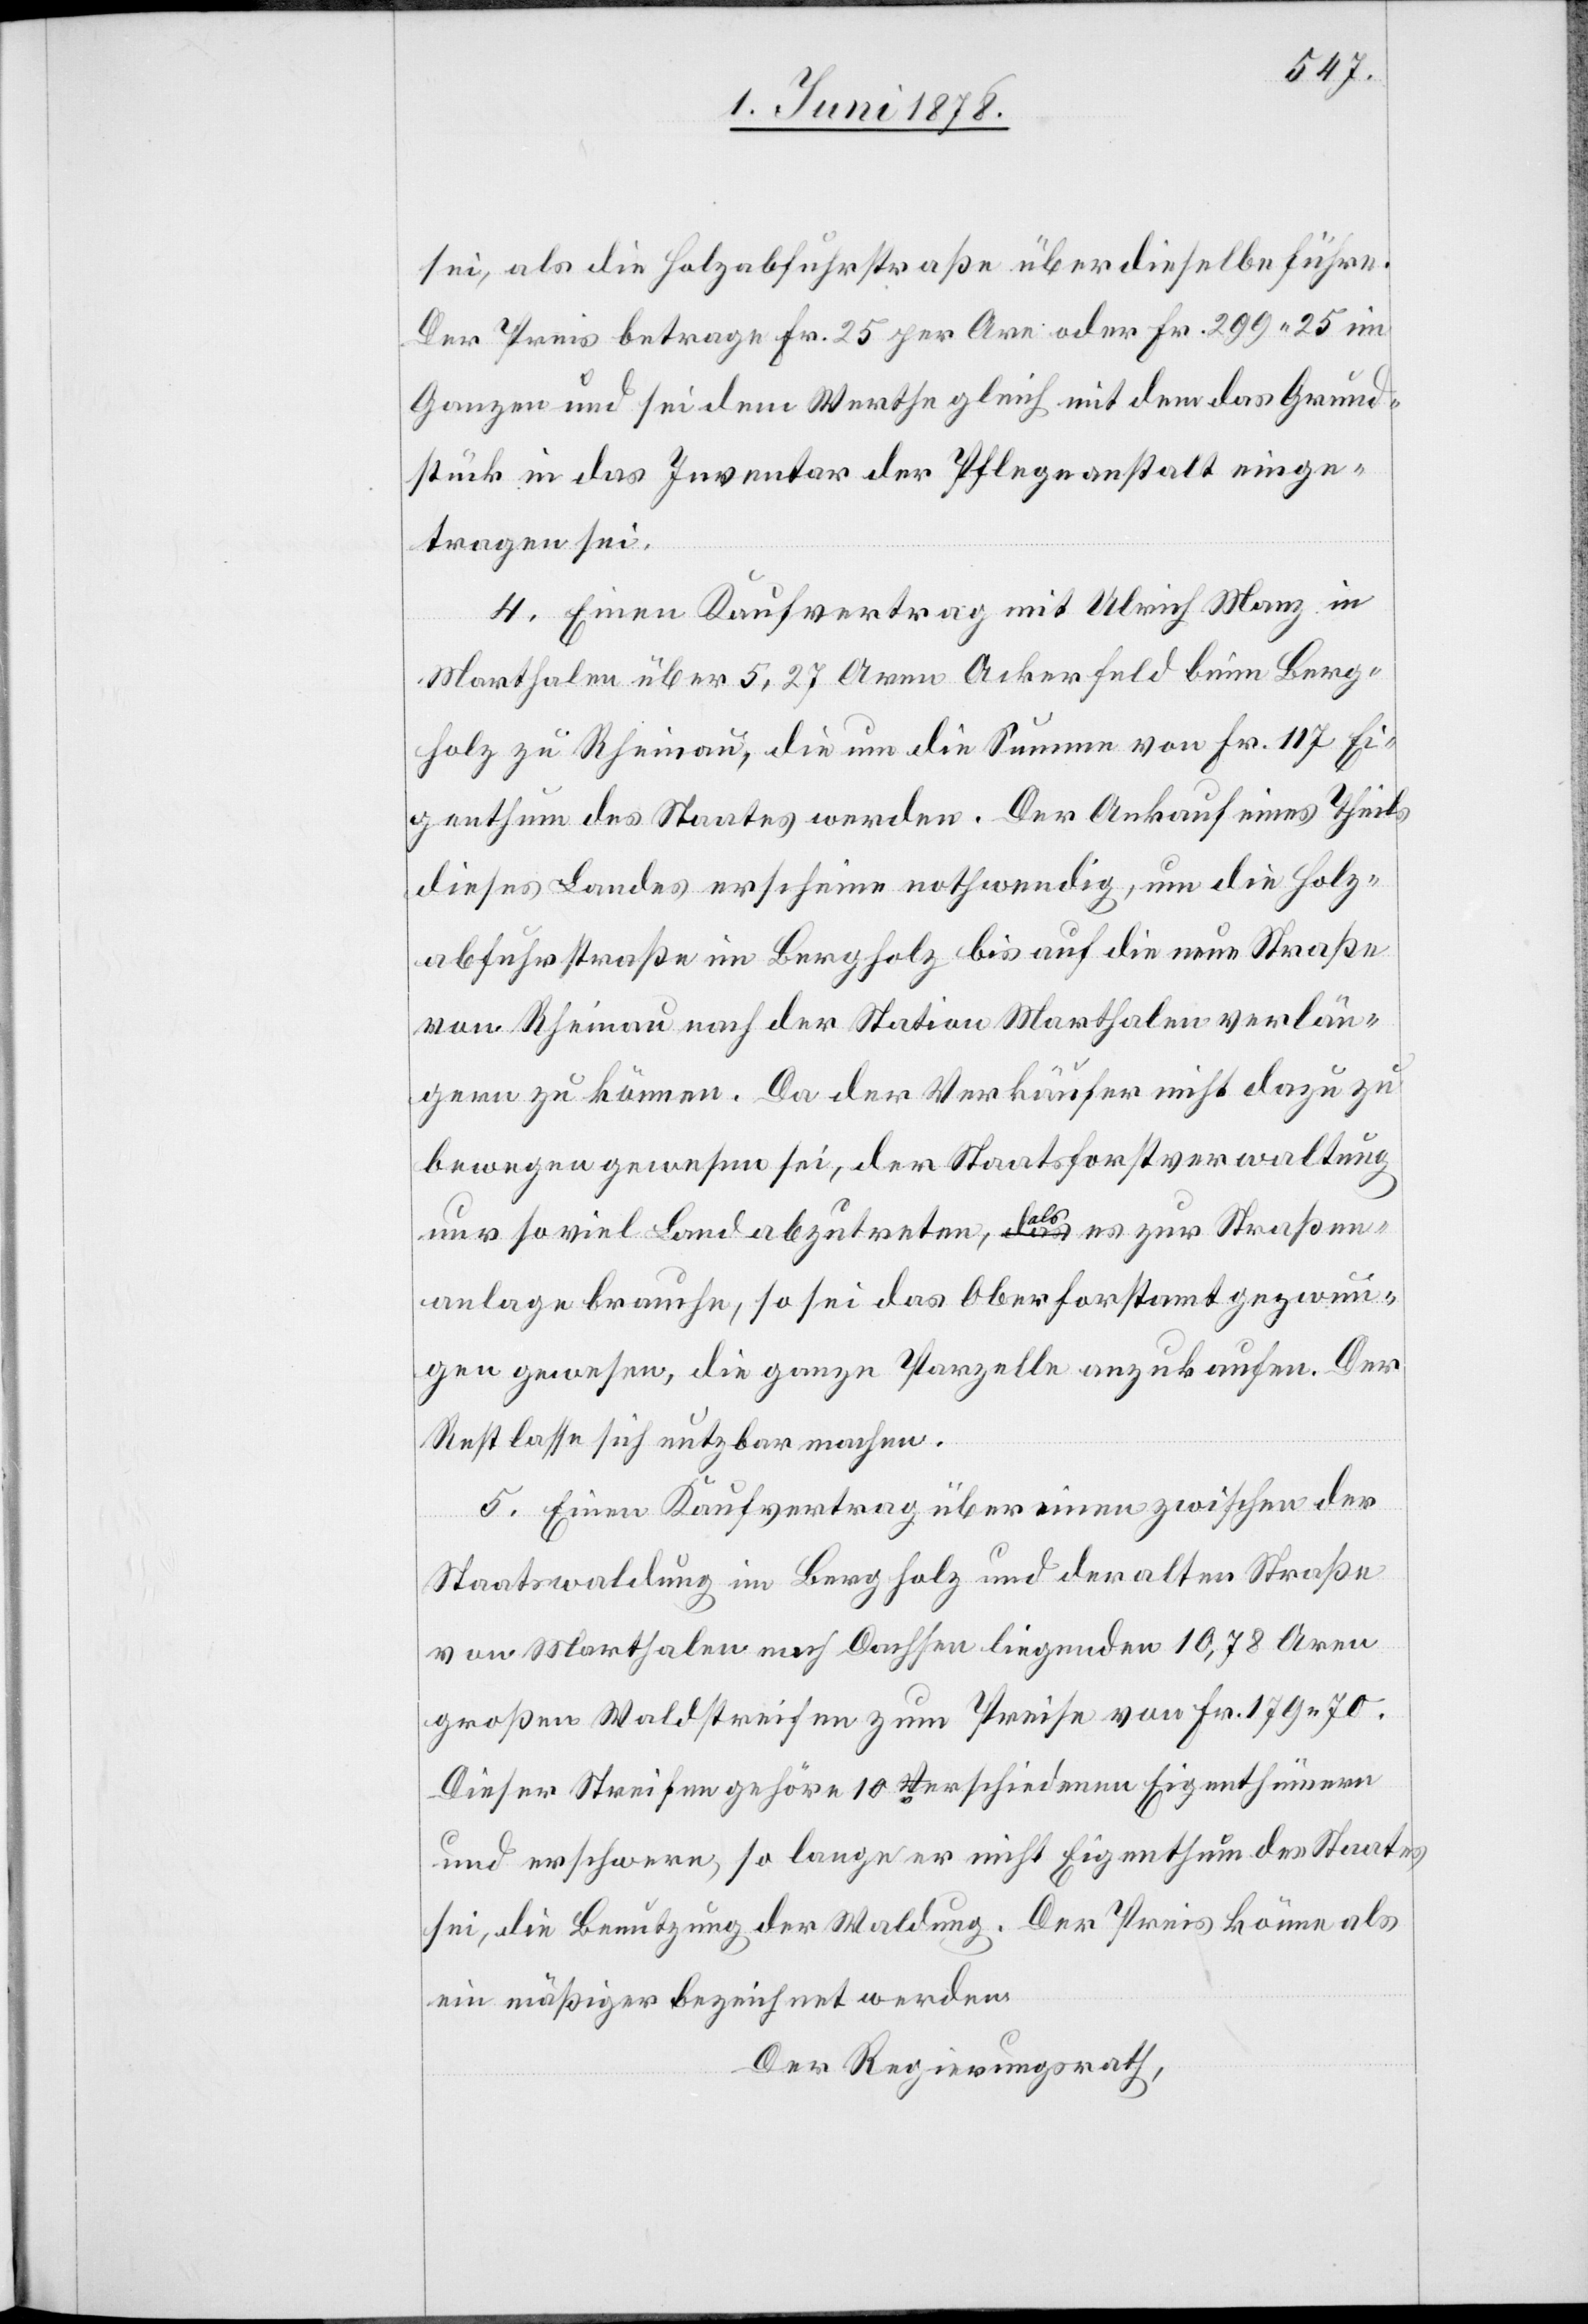
sei, als die Holzabfuhrstraße über dieselbe führe.
Der Preis betrage Fr. 25 per Are oder Fr. 299 25 im
Ganzen und sei dem Werthe gleich mit dem das Grund¬
stück in das Inventar der Pfleganstalt einge¬
tragen sei.
4. Einen Kaufvertrag mit Ulrich Manz in
Marthalen über 5,27 Aren Ackerfeld beim Berg¬
holz zu Rheinau, die um die Summe von Fr. 117 Ei¬
genthum des Staates werden. Der Ankauf eines Theils
dieses Landes erscheine nothwendig, um die Holz¬
abfuhrstraße im Bergholz bis auf die neue Straße
von Rheinau nach der Station Marthalen verlän¬
gern zu können. Da der Verkäufer nicht dazu zu
bewegen gewesen sei, der Staatsforstverwaltung
nur so viel Land abzutreten, als es zur Straßen¬
anlage brauche, so sei das Oberforstamt gezwun¬
gen gewesen, die ganze Parzelle anzukaufen. Der
Rest lasse sich nutzbar machen.
5. Einen Kaufvertrag über einen zwischen der
Staatswaldung im Bergholz und der alten Straße
von Marthalen nach Dachsen liegenden 10,78 Aren
großen Waldstreifen zum Preise von Fr. 179 70.
Dieser Streifen gehöre 10 verschiedenen Eigenthümern
und erschwere, so lange er nicht Eigenthum des Staates
sei, die Benutzung der Waldung. Der Preis könne als
ein mäßiger bezeichnet werden.
Der Regierungsrath,